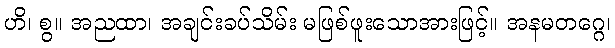
ဟိ၊ စွ။ အညထာ၊ အချင်းခပ်သိမ်း မဖြစ်ဖူးသောအားဖြင့်။ အနမတဂ္ဂေ၊